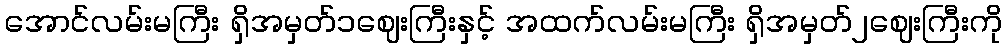
အောင်လမ်းမကြီး ရှိအမှတ်၁ဈေးကြီးနှင့် အထက်လမ်းမကြီး ရှိအမှတ်၂ဈေးကြီးကို